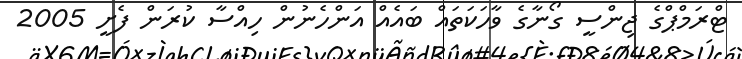
ޓްރަމްޕްގެ ޖިންސީ ގޯނާގެ ވާހަކަތައް ބައެއް އަންހެނުން ހިއްސާ ކުރަން ފެށީ 2005